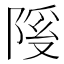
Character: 𫕊